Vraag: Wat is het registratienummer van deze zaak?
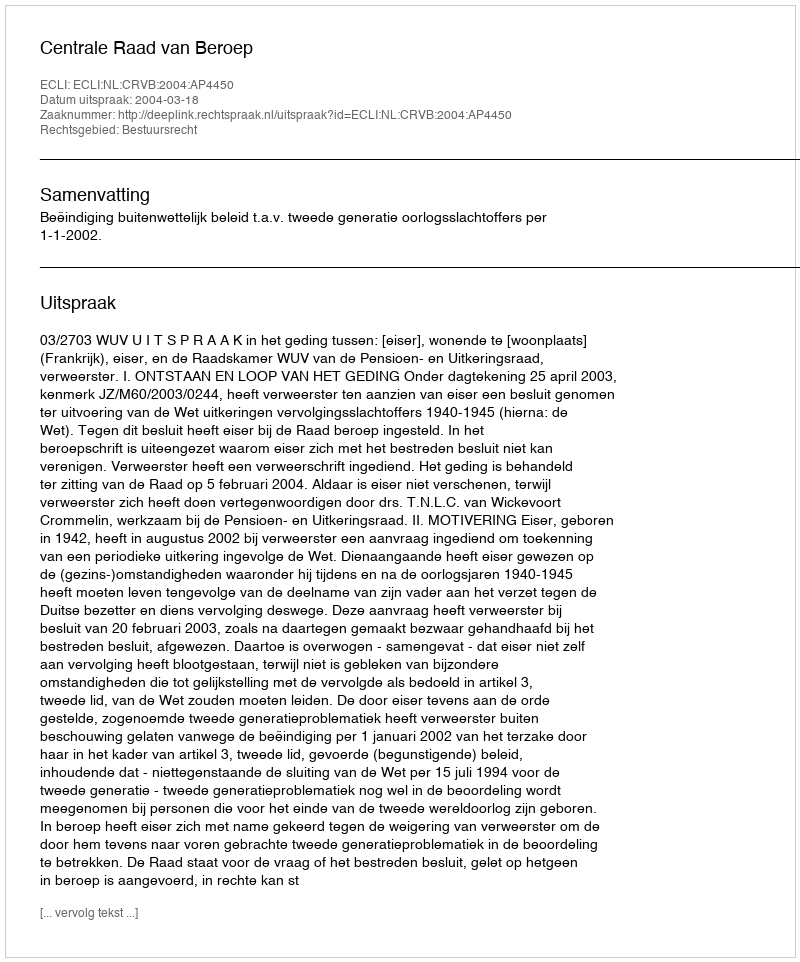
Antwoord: http://deeplink.rechtspraak.nl/uitspraak?id=ECLI:NL:CRVB:2004:AP4450